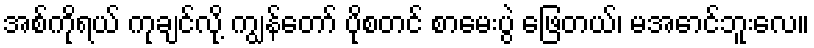
အစ်ကိုရယ် ကုချင်လို့ ကျွန်တော် ပိုစတင် စာမေးပွဲ ဖြေတယ်၊ မအောင်ဘူးလေ။